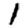
Digit: 1